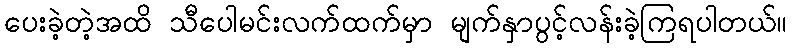
ပေးခဲ့တဲ့အထိ သီပေါမင်းလက်ထက်မှာ မျက်နှာပွင့်လန်းခဲ့ကြရပါတယ်။